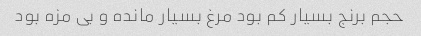
حجم برنج بسیار کم بود مرغ بسیار مانده و بی مزه بود